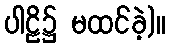
ပါဠိ၌ မထင်ခဲ့)။